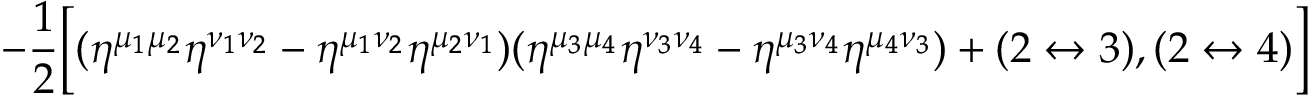
- { \frac { 1 } { 2 } } \Bigl [ ( \eta ^ { \mu _ { 1 } \mu _ { 2 } } \eta ^ { \nu _ { 1 } \nu _ { 2 } } - \eta ^ { \mu _ { 1 } \nu _ { 2 } } \eta ^ { \mu _ { 2 } \nu _ { 1 } } ) ( \eta ^ { \mu _ { 3 } \mu _ { 4 } } \eta ^ { \nu _ { 3 } \nu _ { 4 } } - \eta ^ { \mu _ { 3 } \nu _ { 4 } } \eta ^ { \mu _ { 4 } \nu _ { 3 } } ) + ( 2 \leftrightarrow 3 ) , ( 2 \leftrightarrow 4 ) \Bigr ] \nonumber